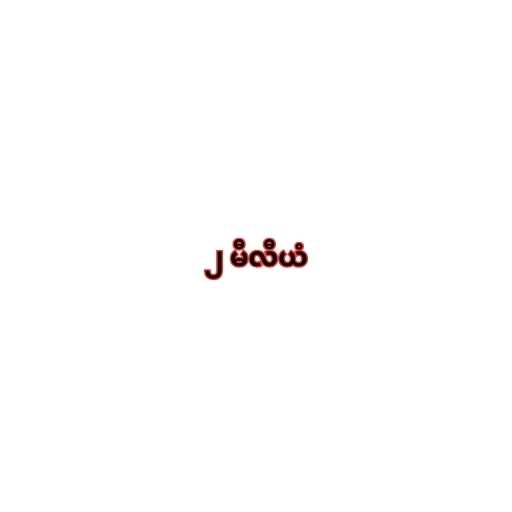
၂ မီလီယံ